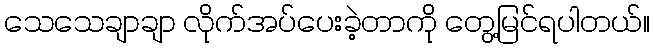
သေသေချာချာ လိုက်အပ်ပေးခဲ့တာကို တွေ့မြင်ရပါတယ်။